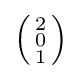
\left({\begin{smallmatrix}2\\0\\1\end{smallmatrix}}\right)